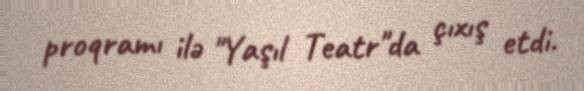
proqramı ilə "Yaşıl Teatr"da çıxış etdi.